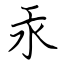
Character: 汞